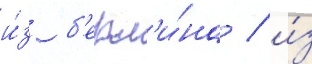
и́з б'ерл'и́на / и́з